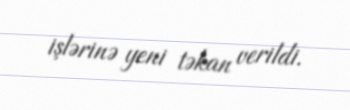
işlərinə yeni təkan verildi.